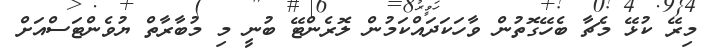
މިރޭ ކުޅޭ މެޗާ ބެހޭގޮތުން ވާހަކަދައްކަމުން ލޮރެންޓޭ ބުނީ މި މުބާރާތް ޔުވެންޓަސްއަށް